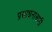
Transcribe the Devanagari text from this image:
प्रसाधनासाठी